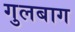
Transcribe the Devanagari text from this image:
गुलबाग